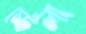
স্টেলা